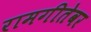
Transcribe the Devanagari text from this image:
रामगीतेवर